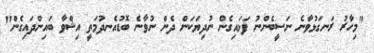
"މިހާރު ރަނގަޅުވާނެ ނަސީބެންނު ފަޅައިގެން ނުދިޔަކަން ދެން ނުވާނެ ބޮޑުއެނދުމަތީ އިޝްވާ ބައިންދައިގެން"